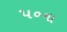
૫૦ના